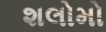
શલોમો